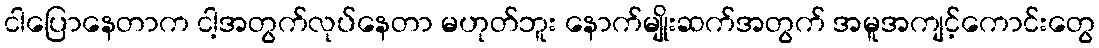
ငါပြောနေတာက ငါ့အတွက်လုပ်နေတာ မဟုတ်ဘူး နောက်မျိုးဆက်အတွက် အမူအကျင့်ကောင်းတွေ